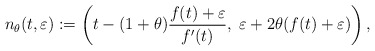
\begin{align*} \displaystyle n_{\theta}(t,\varepsilon): =\left(t-(1+\theta)\frac{f(t)+\varepsilon}{f'(t)},\;\varepsilon+ 2\theta(f(t)+\varepsilon)\right), \end{align*}